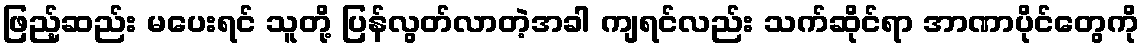
ဖြည့်ဆည်း မပေးရင် သူတို့ ပြန်လွတ်လာတဲ့အခါ ကျရင်လည်း သက်ဆိုင်ရာ အာဏာပိုင်တွေကို